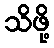
သိဖို့